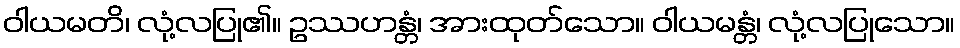
ဝါယမတိ၊ လုံ့လပြု၏။ ဥဿဟန္တံ၊ အားထုတ်သော။ ဝါယမန္တံ၊ လုံ့လပြုသော။